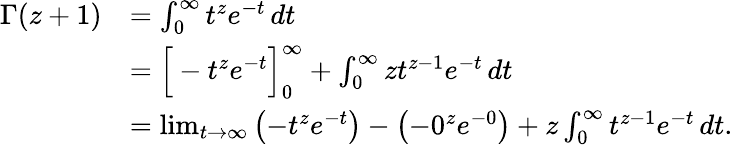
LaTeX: {\begin{array}{rl}{\Gamma(z+1)}&{=\int_{0}^{\infty}t^{z}e^{-t}\, dt}\\ &{={\Bigl[}-t^{z}e^{-t}{\Bigr]}_{0}^{\infty}+\int_{0}^{\infty}zt^{z-1}e^{-t}\, dt}\\ &{=\operatorname*{lim}_{t\to\infty}\left(-t^{z}e^{-t}\right)-\left(-0^{z}e^{-0}\right)+z\int_{0}^{\infty}t^{z-1}e^{-t}\, dt.}\end{array}}